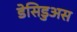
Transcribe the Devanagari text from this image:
डेसिडुअस